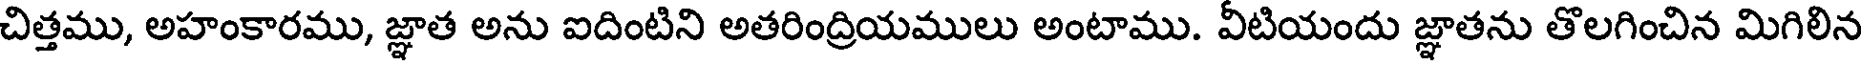
చిత్తము, అహంకారము, జ్ఞాత అను ఐదింటిని అతరింద్రియములు అంటాము. వీటియందు జ్ఞాతను తొలగించిన మిగిలిన